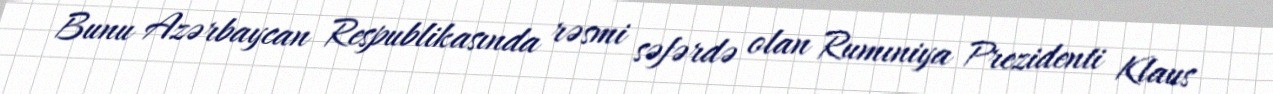
Bunu Azərbaycan Respublikasında rəsmi səfərdə olan Rumıniya Prezidenti Klaus